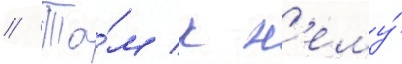
// Та́м к н'ему́